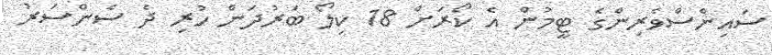
ސައިންސްވެރިންގެ ޓީމުން އެ ކޯރަށް 18 ކިލޯ ބަރުދަން ހުރި ދެ ސެންސަރު